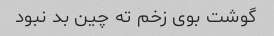
گوشت بوی زخم ته چین بد نبود